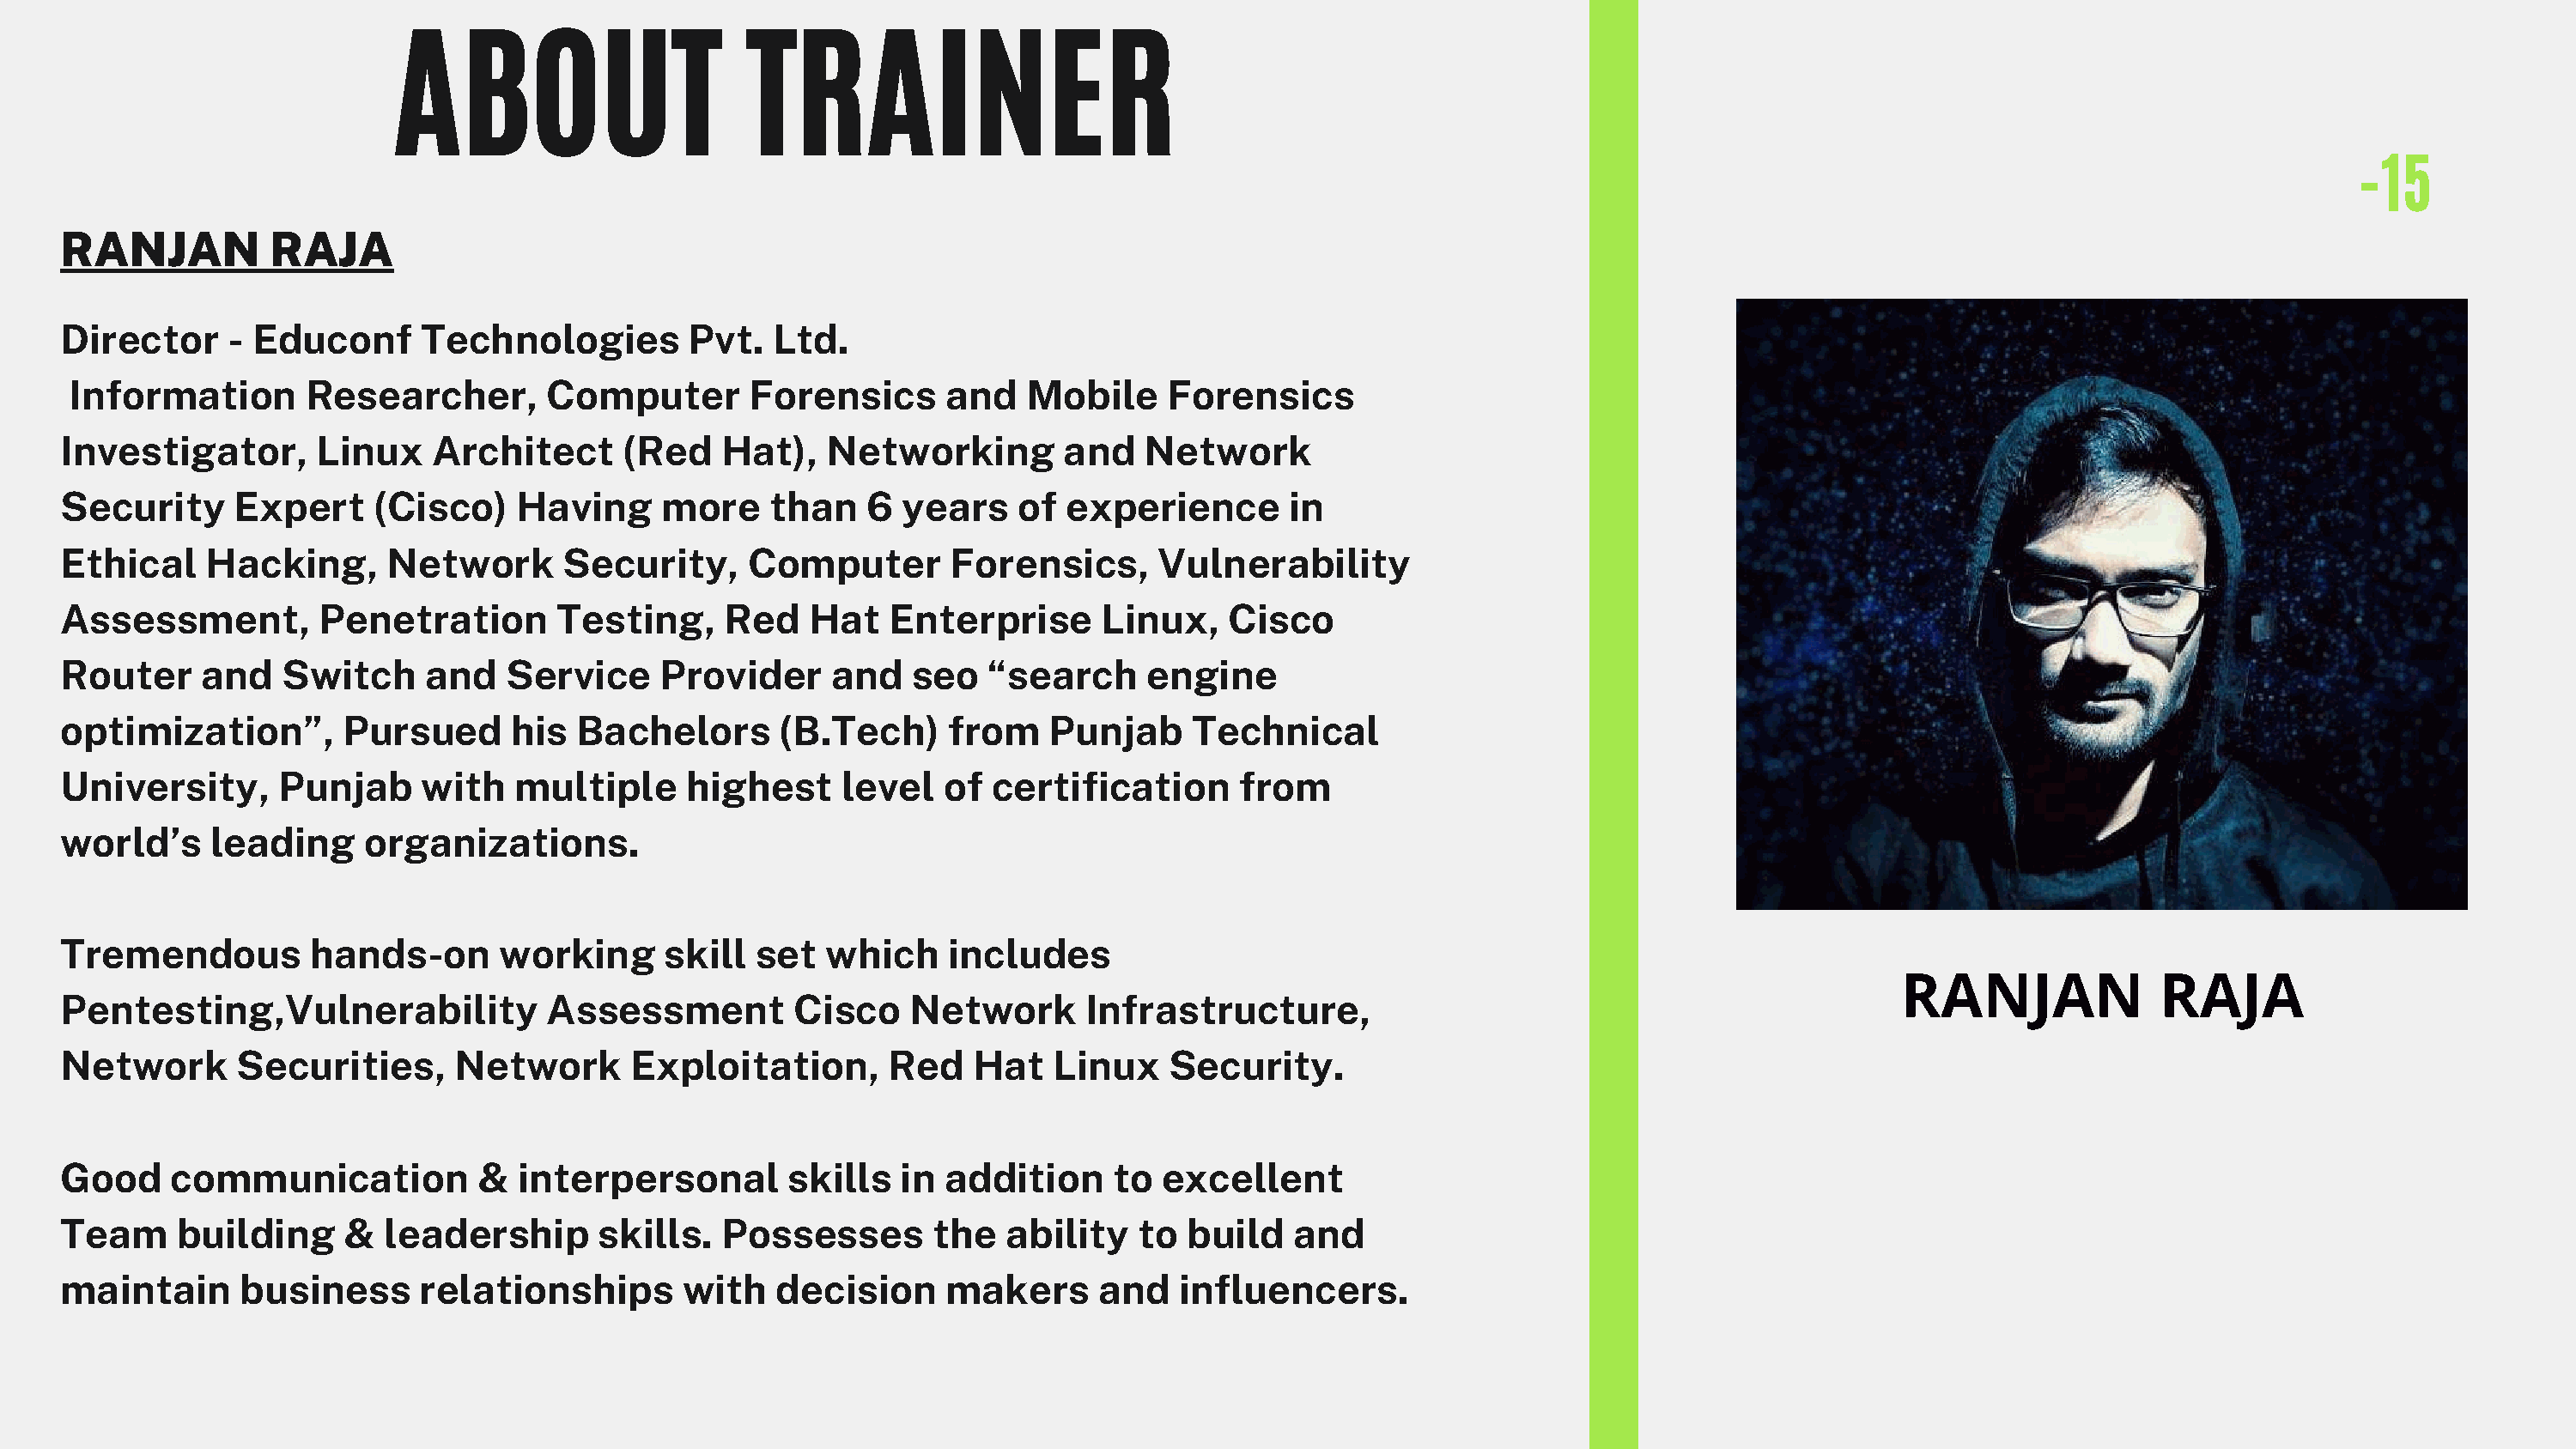
ABOUT                       TRAINER
 -15
 RANJAN          RAJA
 Director     - Educonf     Technologies         Pvt.   Ltd.
 Information        Researcher,       Computer        Forensics      and   Mobile     Forensics
 Investigator,      Linux    Architect      (Red    Hat),   Networking        and   Network
 Security     Expert     (Cisco)    Having     more    than    6  years   of  experience       in
 Ethical    Hacking,      Network      Security,      Computer       Forensics,      Vulnerability
 Assessment,         Penetration       Testing,     Red   Hat    Enterprise      Linux,    Cisco
 Router    and    Switch     and   Service     Provider     and   seo   “search     engine
 optimization”,       Pursued      his  Bachelors       (B.Tech)     from    Punjab     Technical
 University,     Punjab     with    multiple     highest     level   of certification       from
 world’s    leading     organizations.
 Tremendous         hands-on      working      skill  set   which    includes
 RANJAN              RAJA
 Pentesting,Vulnerability             Assessment         Cisco    Network       Infrastructure,
 Network      Securities,      Network       Exploitation,      Red    Hat   Linux    Security.
 Good    communication           &  interpersonal        skills  in  addition     to  excellent
 Team     building     &  leadership      skills.   Possesses       the   ability   to build    and
 maintain     business      relationships        with   decision     makers      and   influencers.